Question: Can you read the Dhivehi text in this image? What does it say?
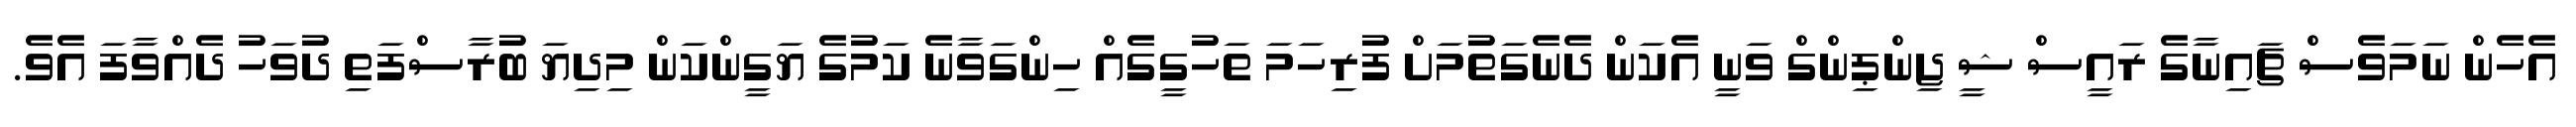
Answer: އެހެން ނަމަވެސް ޗައިނާގެ ރައީސް ޝީ ޖިންޕިންގް ވަނީ އެކަން ދެނެގަތުމަށް ފުރިހަމަ ތަހުގީގެއް ހިންގަވާނެ ކަމުގެ ޔަގީންކަން މިދިޔަ ބުރާސްފަތި ދުވަހު ދެއްވާފަ އެވެ.